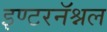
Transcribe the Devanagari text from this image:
इण्टरनॅश्नल